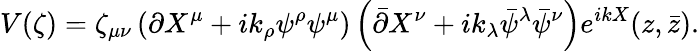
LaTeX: V(\zeta)=\zeta_{\mu\nu}\left(\partial X^{\mu}+ik_{\rho}\psi^{\rho}\psi^{\mu}\right)\left(\bar{\partial}X^{\nu}+ik_{\lambda}\bar{\psi}^{\lambda}\bar{\psi}^{\nu}\right)e^{ikX}(z,\bar{z}).